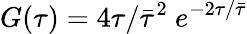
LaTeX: G(\tau)=4\tau/\bar{\tau}^{2}\ e^{-2\tau/\bar{\tau}}